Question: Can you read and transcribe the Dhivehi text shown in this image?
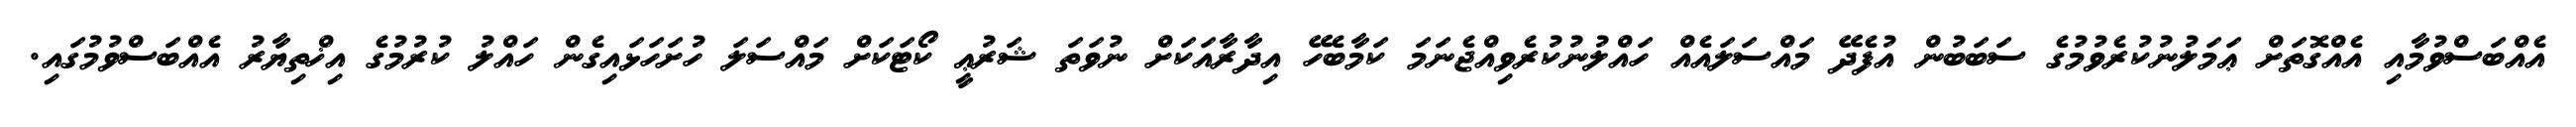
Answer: އެއްބަސްވުމާއި އެއްގޮތަށް ޢަމަލުނުކުރެވުމުގެ ސަބަބުން އުފެދޭ މައްސަލައެއް ހައްލުނުކުރެވިއްޖެނަމަ ކަމާބެހޭ އިދާރާއަކަށް ނުވަތަ ޝަރުޢީ ކޯޓަކަށް މައްސަލަ ހުށަހަޅައިގެން ހައްލު ކުރުމުގެ އިޚްތިޔާރު އެއްބަސްވުމުގައި.